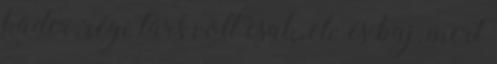
káder, régi társ volt csak, elv és baj, mert